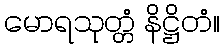
မောရသုတ္တံ နိဋ္ဌိတံ။